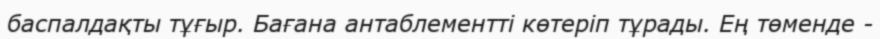
баспалдақты тұғыр. Бағана антаблементті көтеріп тұрады. Ең төменде -